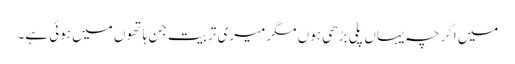
میں اگرچہ یہاں پلی بڑھی ہوں مگر میری تربیت جن ہاتھوں میں ہوئی ہے۔